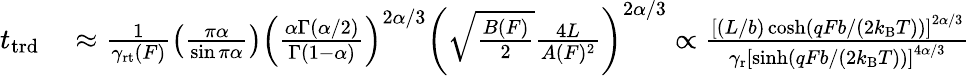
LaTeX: \begin{array}{rl}{t_{\mathrm{trd}}}&{{}\approx\frac{1}{\gamma_{\mathrm{rt}}(F)}\left(\frac{\pi\alpha}{\sin\pi\alpha}\right)\left(\frac{\alpha\Gamma(\alpha/2)}{\Gamma(1-\alpha)}\right)^{2\alpha/3}\left(\sqrt{\frac{B(F)}{2}}\frac{4L}{A(F)^{2}}\right)^{2\alpha/3}\propto\frac{\left[(L/b)\cosh(qFb/(2k_{\mathrm{B}}T))\right]^{2\alpha/3}}{\gamma_{\mathrm{r}}\left[\sinh(qFb/(2k_{\mathrm{B}}T))\right]^{4\alpha/3}}}\end{array}